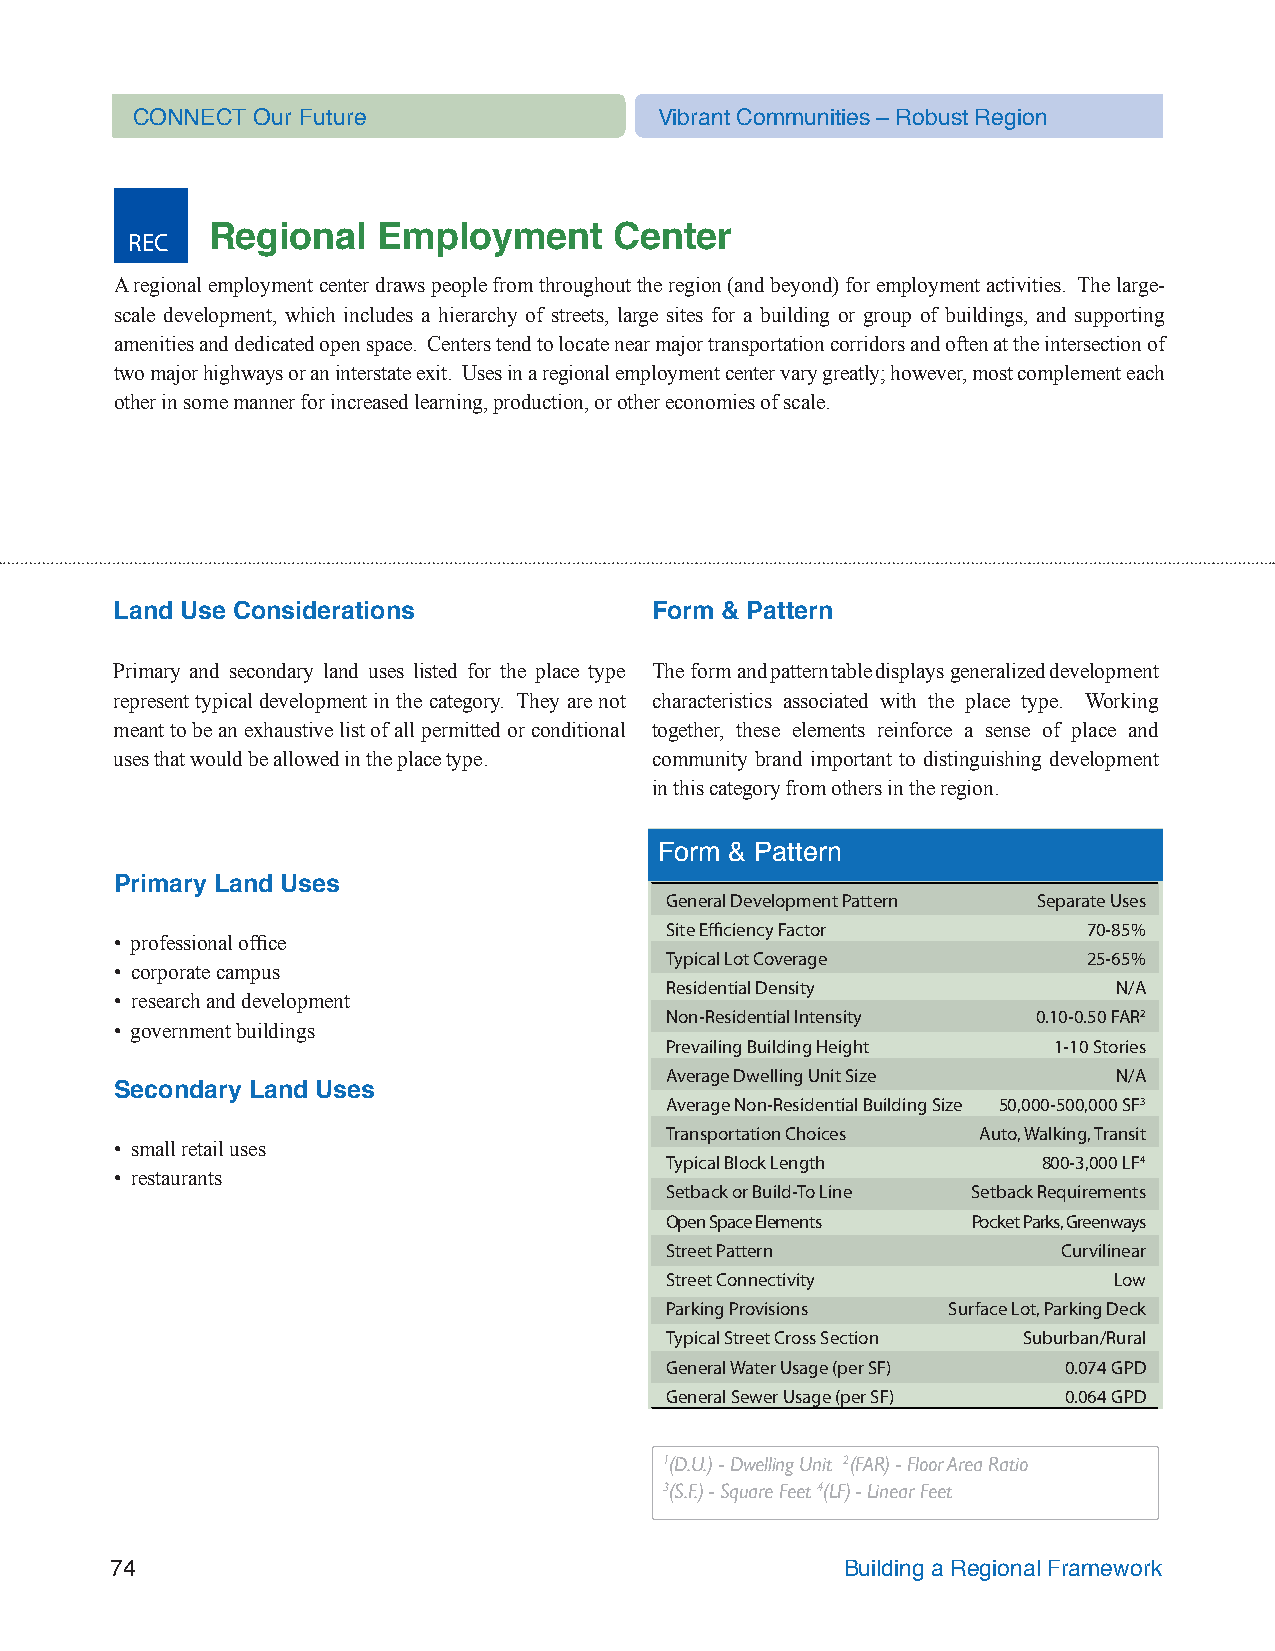
CONNECT Our Future                 Vibrant Communities – Robust Region
 REC   Regional   Employment      Center
 A regional employment center draws people from throughout the region (and beyond) for employment activities. The large-
 scale development, which includes a hierarchy of streets, large sites for a building or group of buildings, and supporting
 amenities and dedicated open space. Centers tend to locate near major transportation corridors and often at the intersection of
 two major highways or an interstate exit. Uses in a regional employment center vary greatly; however, most complement each
 other in some manner for increased learning, production, or other economies of scale.
 Land Use Considerations            Form & Pattern
 Primary and secondary land uses listed for the place type The form and pattern table displays generalized development
 represent typical development in the category. They are not characteristics associated with the place type. Working
 meant to be an exhaustive list of all permitted or conditional together, these elements reinforce a sense of place and
 uses that would be allowed in the place type. community brand important to distinguishing development
 in this category from others in the region.
 Form & Pattern
 Primary Land Uses
 General Development Pattern Separate Uses
 Site Efficiency Factor      70-85%
 • professional office
 Typical Lot Coverage        25-65%
 • corporate campus
 Residential Density           N/A
 • research and development
 Non-Residential Intensity 0.10-0.50 FAR2
 • government buildings
 Prevailing Building Height 1-10 Stories
 Average Dwelling Unit Size    N/A
 Secondary Land Uses
 Average Non-Residential Building Size 50,000-500,000 SF3
 Transportation Choices Auto, Walking, Transit
 • small retail uses
 Typical Block Length     800-3,000 LF4
 • restaurants
 Setback or Build-To Line Setback Requirements
 Open Space Elements Pocket Parks, Greenways
 Street Pattern            Curvilinear
 Street Connectivity           Low
 Parking Provisions Surface Lot, Parking Deck
 Typical Street Cross Section Suburban/Rural
 General Water Usage (per SF) 0.074 GPD
 General Sewer Usage (per SF) 0.064 GPD
 1(D.U.) - Dwelling Unit 2(FAR) - Floor Area Ratio
 3(S.F.) - Square Feet 4(LF) - Linear Feet
 74                                               Building a Regional Framework